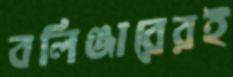
বলিঞ্জারেরই